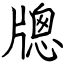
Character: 牕